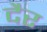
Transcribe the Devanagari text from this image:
दैर